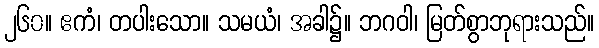
၂၆၀။ ဧကံ၊ တပါးသော။ သမယံ၊ အခါ၌။ ဘဂဝါ၊ မြတ်စွာဘုရားသည်။